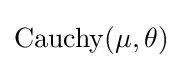
\operatorname {Cauchy} (\mu ,\theta )